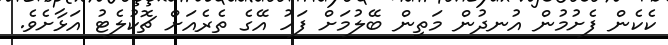
ކެކެން ފެށުމުން އުނދުން މަތިން ބޭލުމަށް ފަހު އޭގެ ތެރެއަށް ޗޮކުލެޓު އަޅާށެވެ.